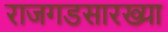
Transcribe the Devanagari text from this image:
राजगडसारख्या